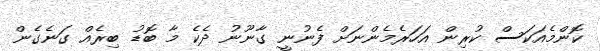
ކޮންމެއަކަސް ކުރިން އަހަރެމެންނަށް ފެނުނީ ގާނޫނު ދެކެ މާ ބޮޑު ބިރެއް ގަނެގެން